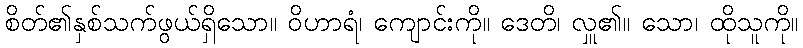
စိတ်၏နှစ်သက်ဖွယ်ရှိသော။ ဝိဟာရံ၊ ကျောင်းကို။ ဒေတိ၊ လှူ၏။ သော၊ ထိုသူကို။